Vaccination in Bombay 1889-1901 - 1889-1901
Year: 1889
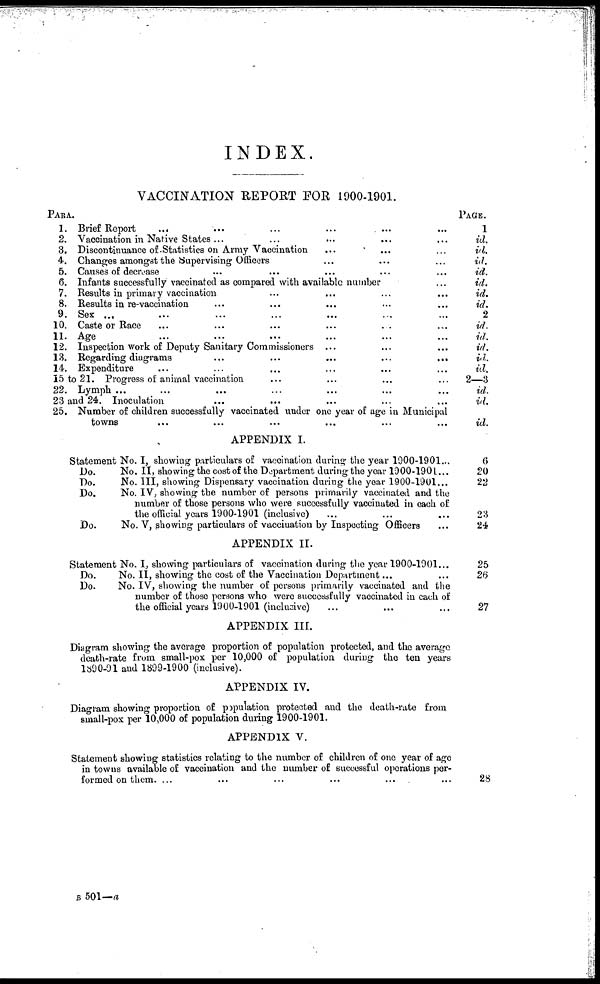
INDEX.
VACCINATION REPORT FOR 1900-1901.
PARA.
1.
2.
3.
4.
5.
6.
7.
8.
9.
10.
11.
12.
13.
14.
15 to 21.
22.
23 and 24.
25.
Brief Report
... ... ... ... ... ...
Vaccination in Native States ... ... ... ... ...
Discontinuance of Statistics on Army Vaccination ... ... ...
Changes amongst the Supervising Officers ... ... ...
Causes of decrease ... ... ... ... ...
Infants successfully vaccinated as compared with available number ...
Results in primary vaccination ... ... ... ...
Results in re-vaccination ... ... ... ... ...
Sex ... ... ... ... ... ... ...
Caste or Race ... ... ... ... ... ...
Age ... ... ... ... ... ...
Inspection work of Deputy Sanitary Commissioners ... ... ...
Regarding diagrams
...
...
...
...
...
Expenditure ... ... ... ... ... ...
Progress of animal vaccination ... ... ... ...
Lymph ... ... ... ... ... ... ...
Inoculation ... ... ... ... ...
Number of children successfully vaccinated under one year of age in Municipal
towns ... ... ... ... ... ...
PAGE.
1
id.
id.
id.
id.
id.
id.
id.
2
id.
id.
id.
id.
id.
2—3
id.
id.
id.
APPENDIX I.
Statement No. I, showing particulars of vaccination during the year 1900-1901...
Do.
No. II, showing the cost of the Department during the year 1900-1901...
Do.
No. III, showing Dispensary vaccination during the year 1900-1901...
Do.
No. IV, showing the number of persons primarily vaccinated and the
number of those persons who were successfully vaccinated in each of
the official years 1900-1901 (inclusive) ... ... ...
Do.
No. V, showing particulars of vaccination by Inspecting Officers ...
6
20
22
23
24
APPENDIX II.
Statement No. I, showing particulars of vaccination during the year 1900-1901...
Do.
No. II, showing the cost of the Vaccination Department... ...
Do.
No. IV, showing the number of persons primarily vaccinated and the
number of those persons who were successfully vaccinated in each of
the official years 1900-1901 (inclusive) ... ... ...
25
26
27
APPENDIX III.
Diagram showing the average proportion of population protected, and the average
death-rate from small-pox per 10,000 of population during the ten years
1890-91 and 1899-1900 (inclusive).
APPENDIX IV.
Diagram showing proportion of population protected and the death-rate from
small-pox per 10,000 of population during 1900-1901.
APPENDIX V.
Statement showing statistics relating to the number of children of one year of age
in towns available of vaccination and the number of successful operations per-
formed on them. ... ... ... ... ... ...
28
B 501—a